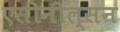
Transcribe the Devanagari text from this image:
एसीनील्सन